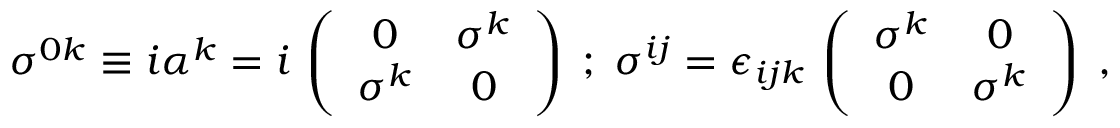
\sigma ^ { 0 k } \equiv i \alpha ^ { k } = i \, \left( \begin{array} { c c } { { 0 } } & { { \sigma ^ { k } } } \\ { { \sigma ^ { k } } } & { { 0 } } \end{array} \right) \; ; \; \sigma ^ { i j } = \epsilon _ { i j k } \, \left( \begin{array} { c c } { { \sigma ^ { k } } } & { { 0 } } \\ { { 0 } } & { { \sigma ^ { k } } } \end{array} \right) \; ,